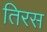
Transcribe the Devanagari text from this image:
तिरस